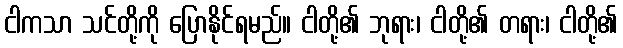
ငါကသာ သင်တို့ကို ပြောနိုင်ရမည်။ ငါတို့၏ ဘုရား၊ ငါတို့၏ တရား၊ ငါတို့၏